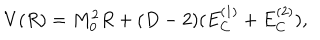
V ( R ) = M _ { 0 } ^ { 2 } R + ( D - 2 ) ( E _ { C } ^ { ( 1 ) } + E _ { C } ^ { ( 2 ) } ) ,